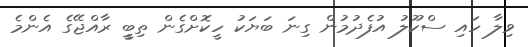
ވިލާ ހައި ސްކޫލު އުފެދުމުން ގިނަ ބަޔަކު ހީކޮށްގެން ތިބީީ ރާއްޖޭގެ އެންމެ